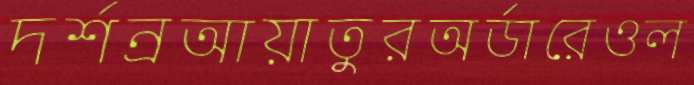
দর্শন্রআয়াতুরঅর্ডারেওল